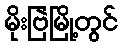
မိုးဗြဲမြို့တွင်